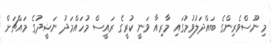
މި ނޫސްވެރިންގެ ބައްދަލުވުމުގައި މާރިއާ ވަނީ ކުރީގެ ރައީސް މުހައްމަދު ނަޝީދުގެ މައްޗަށް